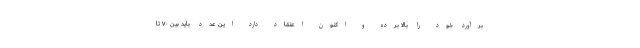
برآورد خود را بالا برده و اکنون اعتقاد دارد این عدد باید بین ۷۰ تا